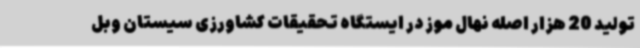
تولید 20 هزار اصله نهال موز در ایستگاه تحقیقات کشاورزی سیستان وبل